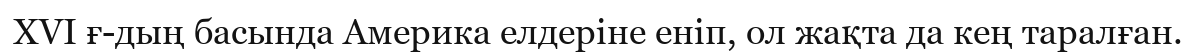
XVI ғ-дың басында Америка елдеріне еніп, ол жақта да кең таралған.